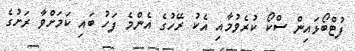
ފުޓްބޯޅައިން ސްކޯ ކުރެވުމާއި އެކު ރޭހުގެ އެންމެ ފަހު ބައި ކަމަށްވާ ރަށުގެ